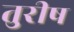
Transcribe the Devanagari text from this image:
तुरीष